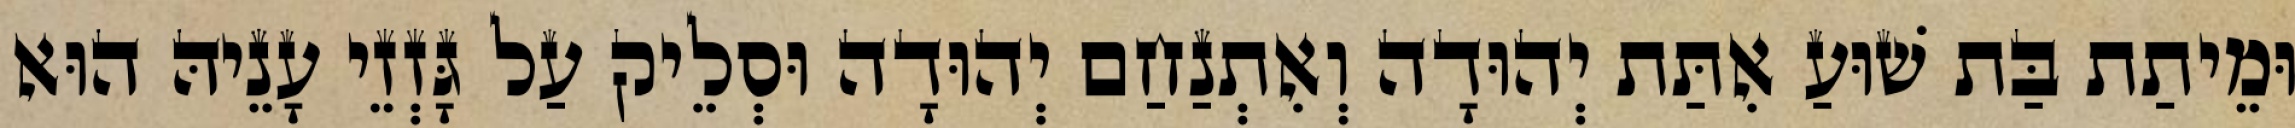
וּמֵיתַת בַּת שׁוּעַ אִתַּת יְהוּדָה וְאִתְנַחַם יְהוּדָה וּסְלֵיק עַל גָּזְזֵי עָנֵיהּ הוּא